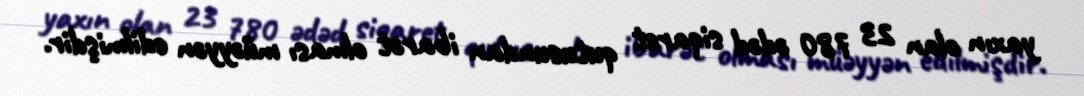
yaxın olan 23 780 ədəd siqaret qutusundan ibarət olması müəyyən edilmişdir.